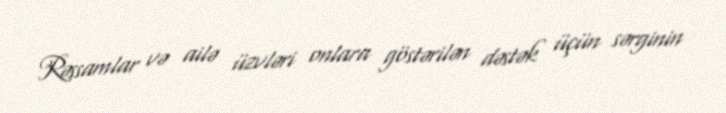
Rəssamlar və ailə üzvləri onlara göstərilən dəstək üçün sərginin